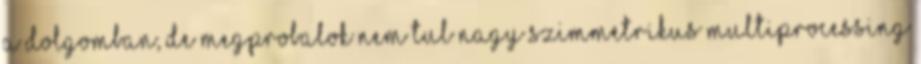
a dolgomban, de megprobalok nem tul nagy szimmetrikus multiprocessing